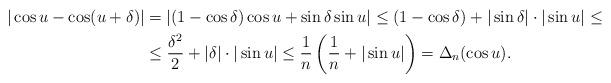
LaTeX: \begin{align*}|\cos u-\cos(u+\delta)|&=|(1-\cos\delta)\cos u+\sin\delta\sin u|\leq (1-\cos\delta)+|\sin\delta|\cdot|\sin u|\leq\\&\leq \frac{\delta^2}{2}+|\delta|\cdot|\sin u|\leq\frac{1}{n}\left(\frac{1}{n}+|\sin u|\right)=\Delta_n(\cos u).\end{align*}